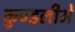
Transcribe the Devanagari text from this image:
कुण्डलीमें